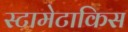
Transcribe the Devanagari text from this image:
स्टामेटाकिस